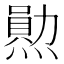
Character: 𤏩